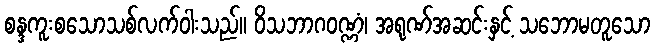
စန္ဒကူးစသောသစ်လက်ဝါးသည်။ ဝိသဘာဂဝဏ္ဏံ၊ အရုဏ်အဆင်းနှင့် သဘောမတူသော